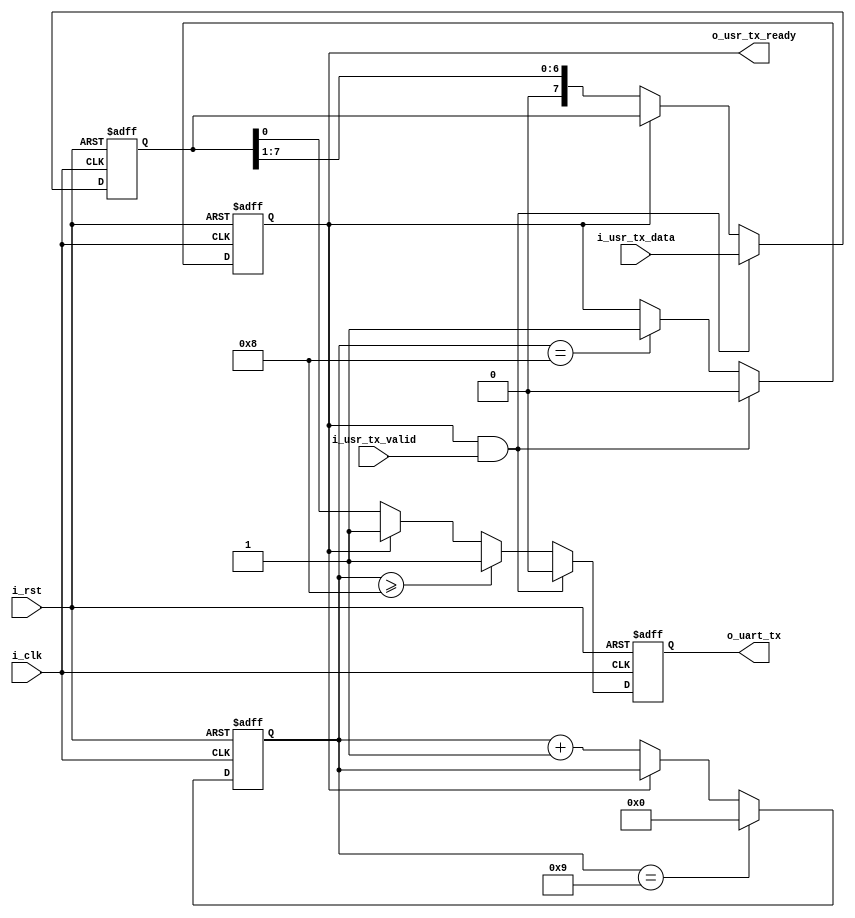
`timescale 1ns / 1ps
//////////////////////////////////////////////////////////////////////////////////
// Company: 
// Engineer: 
// 
// Design Name: 
// Module Name: Uart_Tx
// Project Name: 
// Target Devices: 
// Tool Versions: 
// Description: 
// 
// Dependencies: 
// 
// Revision:
// Revision 0.01 - File Created
// Additional Comments:
// 
//////////////////////////////////////////////////////////////////////////////////


module Uart_Tx#(
    parameter                          P_UART_CLK         =  250_000_000 , //
    parameter                          P_UART_BAUDRATE    =  9600        , //
    parameter                          P_UART_DATA_WIDTH  =  8           , //
    parameter                          P_UART_STOP_WIDTH  =  1           , //
    parameter                          P_UART_CHECK       =  0             //0:1 2
)(
    input                              i_clk          ,
    input                              i_rst          ,
    output                             o_uart_tx      ,

    input  [P_UART_DATA_WIDTH - 1 : 0] i_usr_tx_data  ,
    input                              i_usr_tx_valid ,
    output                             o_usr_tx_ready 
    );
/******************************function***************************/

/******************************parameter**************************/

/******************************port*******************************/

/******************************machine****************************/

/******************************reg********************************/
reg                             ro_uart_tx      ;
reg                             ro_usr_tx_ready ;
reg [15:0]                      r_cnt           ;
reg [P_UART_DATA_WIDTH - 1 : 0] r_tx_data       ;
reg                             r_tx_check      ;
/******************************wire*******************************/
wire                            w_tx_active     ;
/******************************component**************************/

/******************************assign*****************************/
assign o_uart_tx      = ro_uart_tx                     ;
assign o_usr_tx_ready = ro_usr_tx_ready                ;
assign w_tx_active    = o_usr_tx_ready & i_usr_tx_valid;
/******************************always*****************************/
always @(posedge i_clk or posedge i_rst)begin
    if(i_rst)
        ro_usr_tx_ready <= 1'd1;
    else if(w_tx_active) 
        ro_usr_tx_ready <= 'd0 ;
    else if(r_cnt == 2 + P_UART_DATA_WIDTH + P_UART_STOP_WIDTH - 3 && P_UART_CHECK == 0)
        ro_usr_tx_ready <= 1'd1;
    else if(r_cnt == 2 + P_UART_DATA_WIDTH + P_UART_STOP_WIDTH - 2 && P_UART_CHECK > 0)
        ro_usr_tx_ready <= 1'd1;
    else
        ro_usr_tx_ready <= ro_usr_tx_ready;
end

always @(posedge i_clk or posedge i_rst)begin
    if(i_rst)
        r_cnt <= 'd0;
    else if(r_cnt == 2 + P_UART_DATA_WIDTH + P_UART_STOP_WIDTH - 2 && P_UART_CHECK == 0) 
        r_cnt <= 'd0;
    else if(r_cnt == 2 + P_UART_DATA_WIDTH + P_UART_STOP_WIDTH - 1 && P_UART_CHECK > 0) 
        r_cnt <= 'd0;
    else if(!ro_usr_tx_ready)
        r_cnt <= r_cnt + 1;
    else
        r_cnt <= r_cnt;
end

always @(posedge i_clk or posedge i_rst)begin
    if(i_rst)
        r_tx_data <= 'd0;
    else if(w_tx_active) 
        r_tx_data <= i_usr_tx_data;
    else if(!ro_usr_tx_ready)
        r_tx_data <= r_tx_data >> 1;
    else
        r_tx_data <= r_tx_data;
end

always @(posedge i_clk or posedge i_rst)begin
    if(i_rst)
        ro_uart_tx <= 1;
    else if(w_tx_active) 
        ro_uart_tx <= 'd0;
    else if(r_cnt == 3 + P_UART_DATA_WIDTH - 3 && P_UART_CHECK > 0)
        ro_uart_tx <= P_UART_CHECK == 1 ? ~r_tx_check : r_tx_check;
    else if(r_cnt >= 3 + P_UART_DATA_WIDTH - 3 && P_UART_CHECK == 0)
        ro_uart_tx <= 1'd1;
    else if(r_cnt >= 3 + P_UART_DATA_WIDTH - 2 && P_UART_CHECK > 0)
        ro_uart_tx <= 1'd1;
    else if(!ro_usr_tx_ready)
        ro_uart_tx <= r_tx_data[0];
    else
        ro_uart_tx <= 1;
end

always @(posedge i_clk or posedge i_rst)begin
    if(i_rst)
        r_tx_check <= 'd0;
    else if(r_cnt == 3 + P_UART_DATA_WIDTH - 3)
        r_tx_check <= 'd0;
    else
        r_tx_check <= r_tx_check ^ r_tx_data[0];
end


endmodule